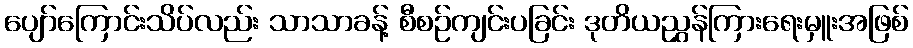
ပျော်ကြောင်းသိပ်လည်း သာသာခန့် စီစဉ်ကျင်းပခြင်း ဒုတိယညွှန်ကြားရေးမှူးအဖြစ်